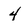
Character: 4